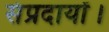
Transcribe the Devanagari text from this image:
संप्रदायों।